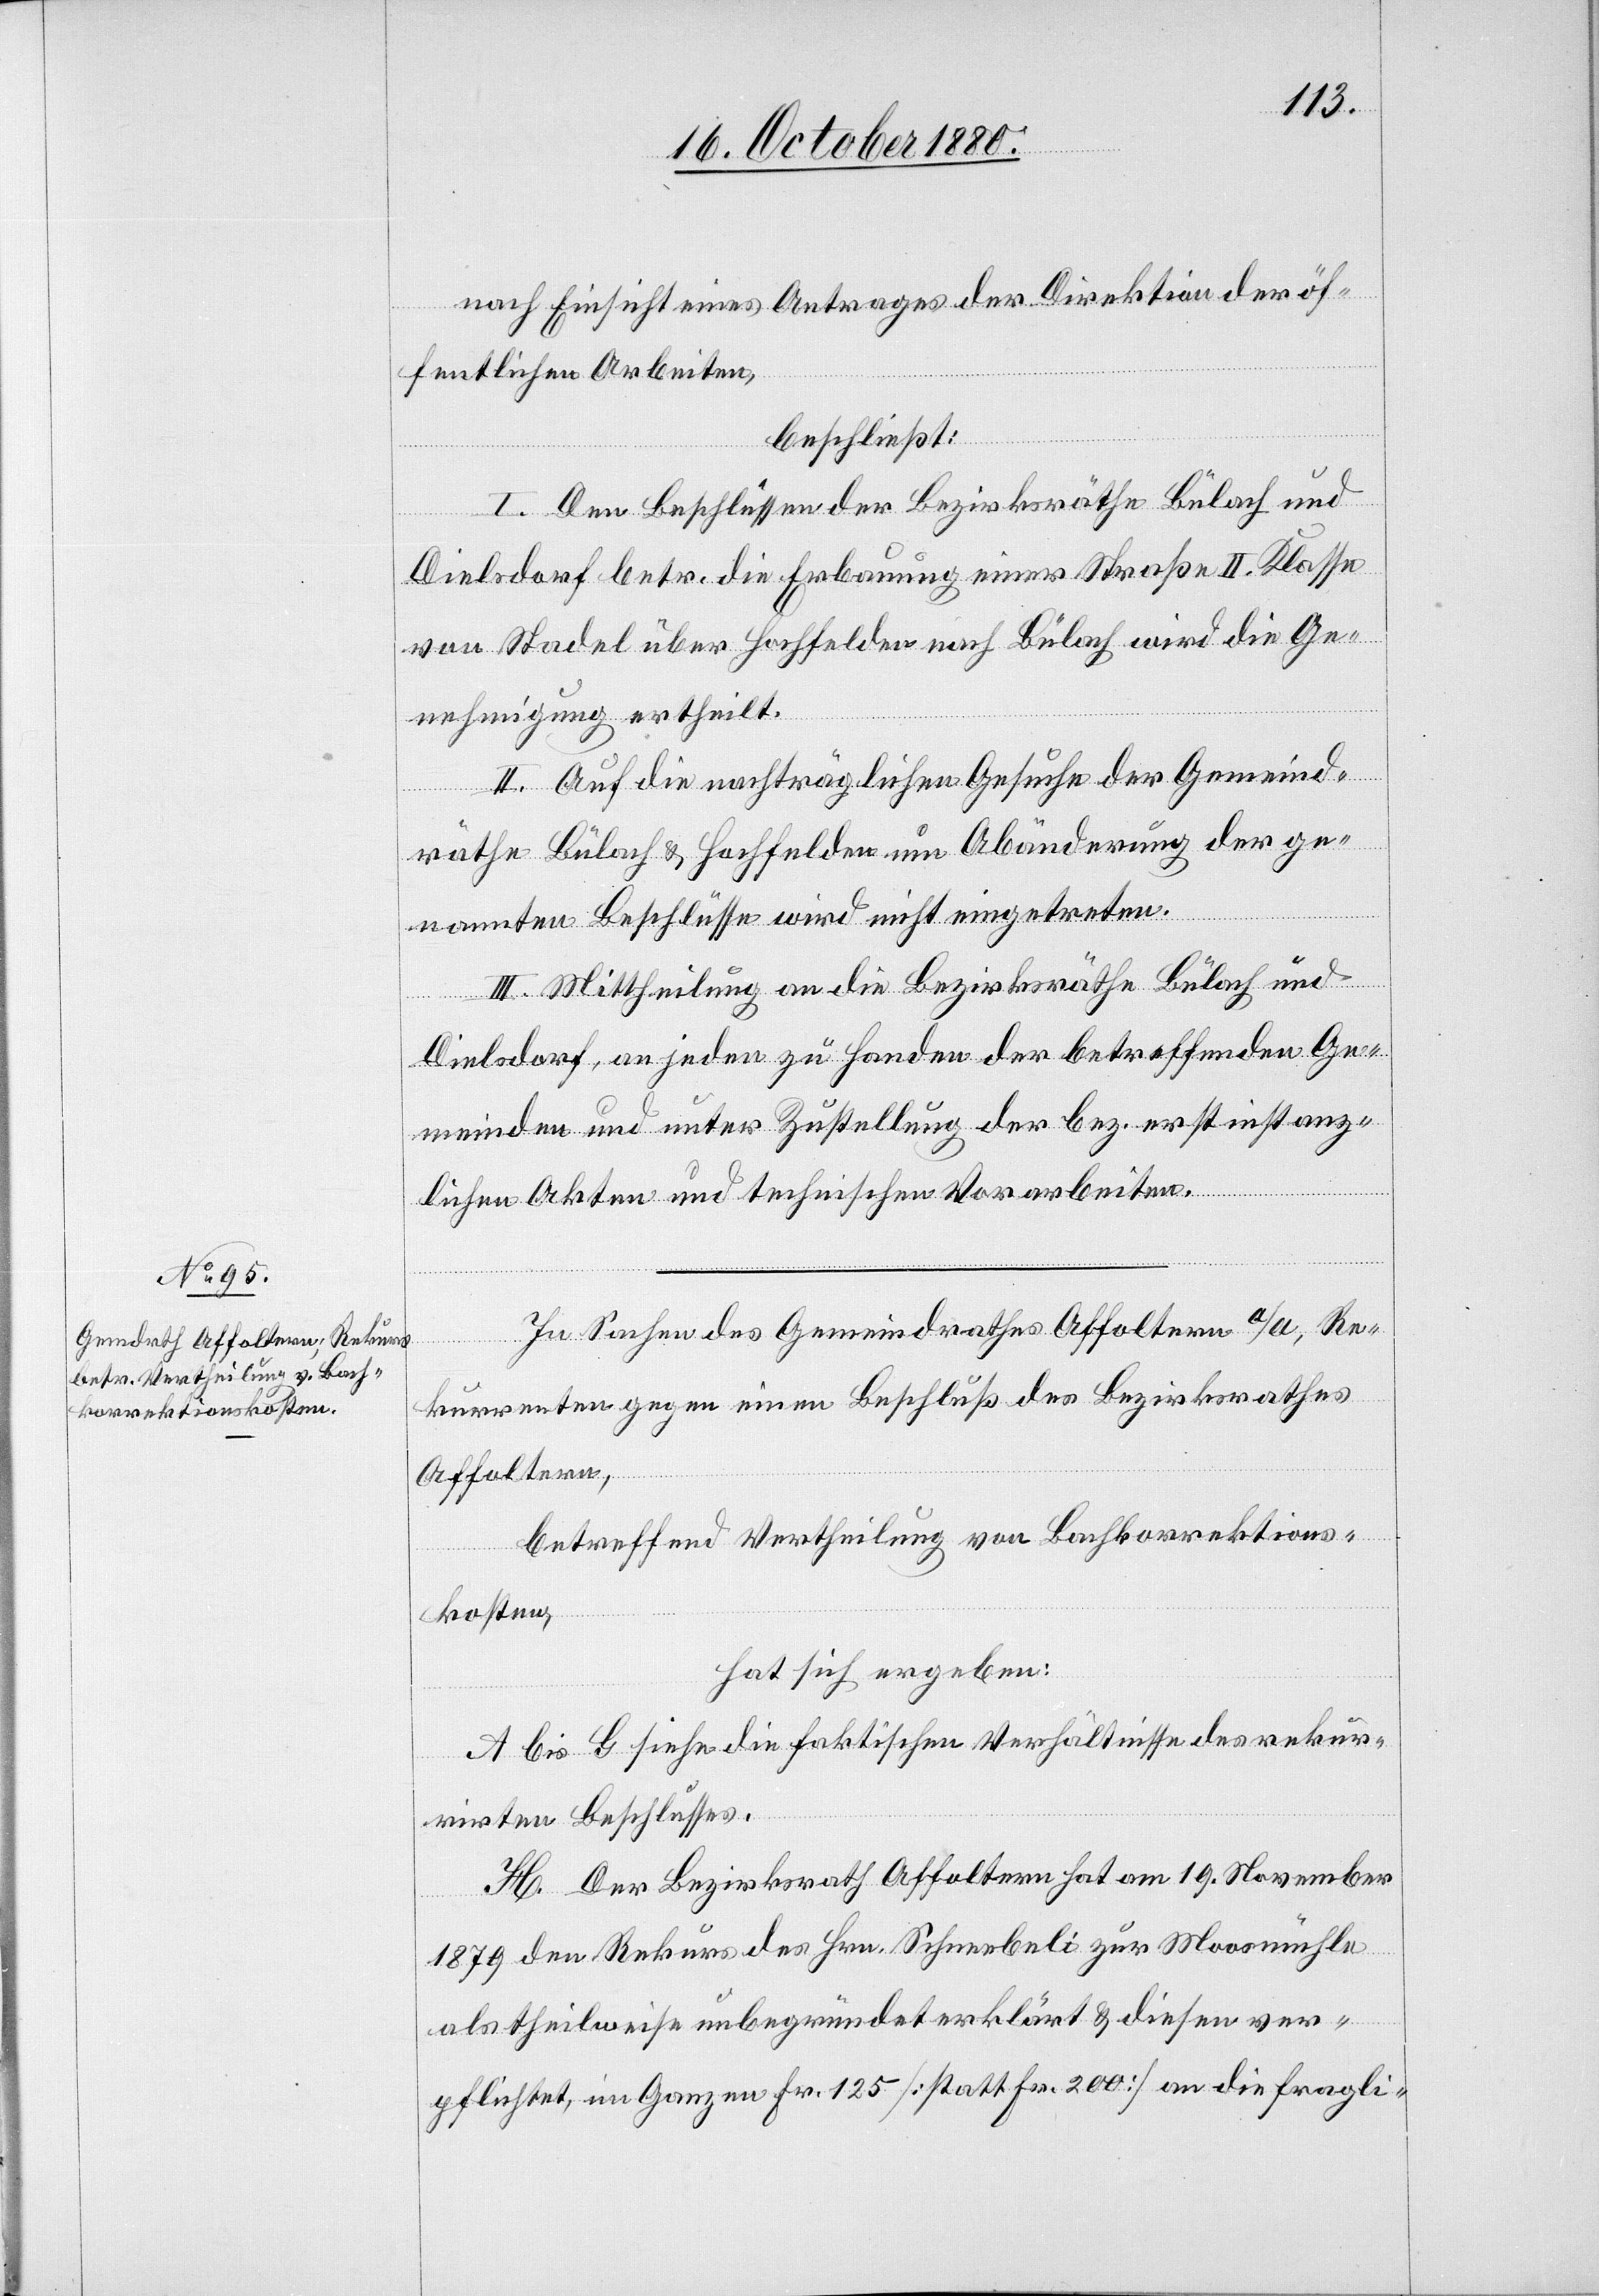
nach Einsicht eines Antrages der Direktion der öf¬
fentlichen Arbeiten,
beschließt:
I. Den Beschlüssen der Bezirksräthe Bülach und
Dielsdorf betr. die Erbauung einer Straße II. Klasse
von Stadel über Hochfelden nach Bülach wird die Ge¬
nehmigung ertheilt.
II. Auf die nachträglichen Gesuche der Gemeind¬
räthe Bülach & Hochfelden um Abänderung der ge¬
nannten Beschlüsse wird nicht eingetreten.
III. Mittheilung an die Bezirksräthe Bülach und
Dielsdorf, an jeden zu Handen der betreffenden Ge¬
meinden und unter Zustellung der bez. erstinstanz¬
lichen Akten und technischen Vorarbeiten.